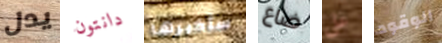
يدل دانتون سأخبرها ضاع على الوقود